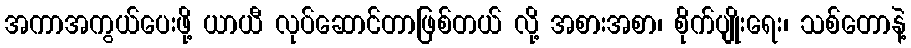
အကာအကွယ်ပေးဖို့ ယာယီ လုပ်ဆောင်တာဖြစ်တယ် လို့ အစားအစာ၊ စိုက်ပျိုးရေး၊ သစ်တောနဲ့